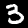
Label: 3